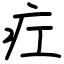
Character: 疘